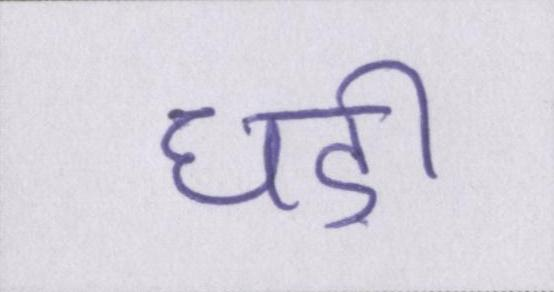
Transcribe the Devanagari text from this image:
घड़ी